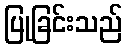
ပြုခြင်းသည်